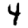
Digit: 4